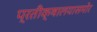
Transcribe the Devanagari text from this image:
प्रतीक्षालयासमोर